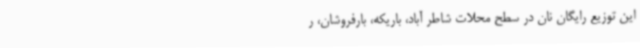
این توزیع رایگان نان در سطح محلات شاطر آباد، باریکه، بارفروشان، ر